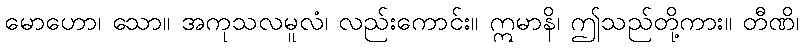
မောဟော၊ သော။ အကုသလမူလံ၊ လည်းကောင်း။ ဣမာနိ၊ ဤသည်တို့ကား။ တီဏိ၊